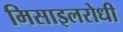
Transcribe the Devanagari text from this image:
मिसाइलरोधी